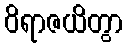
ဝိရာဇယိတွာ